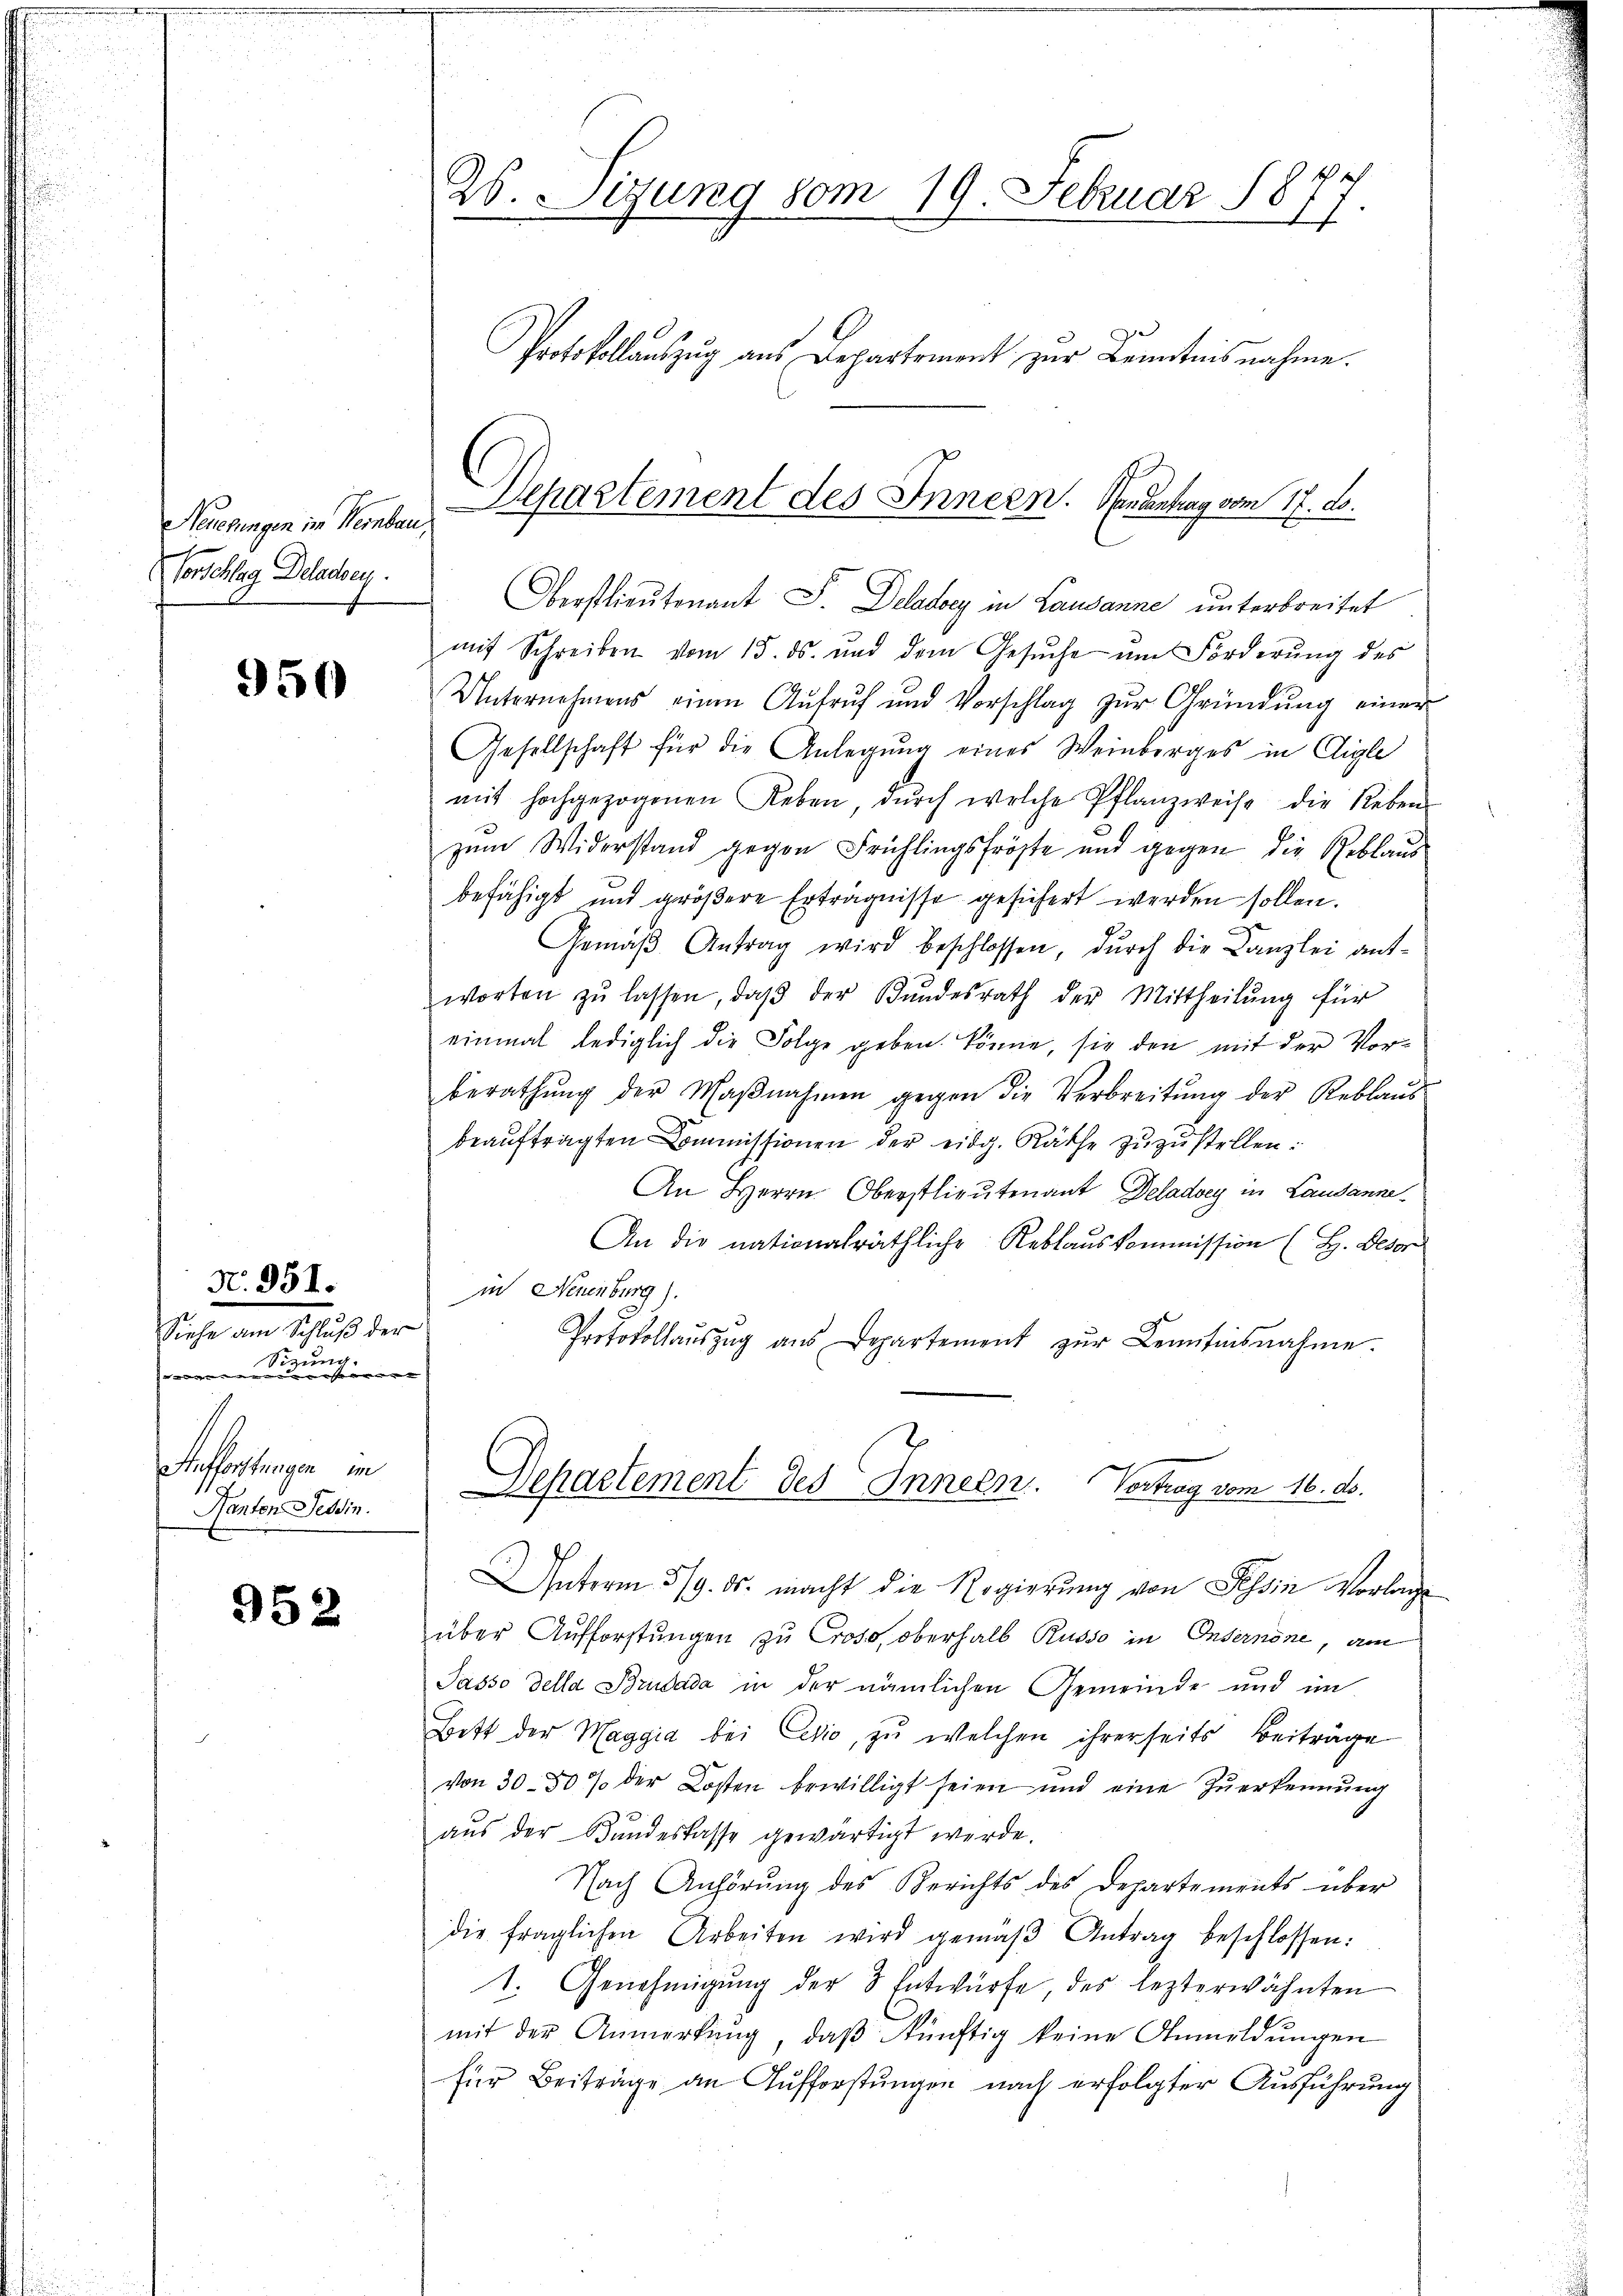
Neuerungen im Verbau,
Vorschlag Delade

950

N. 951.
Siehe am Schluß der
Sizung.
norieren |
Anfortungen im
Hanten Tessin.

952

26. Mitung vom 19. Februar 1877.

Protokollauszug aus Departement zur Kenntnisnahme.

Departement des Innern. Handentrag vom 17. ds.

Oberstlieutenant J. Delatorz in Lausanne unterbreitet
mit Schreiben vom 15. ds. und dem Gesŭche um Forderung des
Unternehmens einen Aŭfrŭf und Vorschlag zŭr Gründŭng einer
Gesellschaft für die Anlegung eines Weinberges in Aigle
mit hochgezogenen Leben, dŭrch welche Pflanzweise die Reben
zum Widerstand gegen Frühlingsfröste und gegen die Reblaus
befähigt und größere Erträgnisse geführt werden sollen.
Gemäβ Antrag wird beschlossen, dŭrch die Kanzlei ant-
worten zŭ lassen, daβ der Bŭndesrath der Mittheilŭng für
einmal lediglich die Folge geben könne, sie den mit der Vorberathŭng der Maβnahmen gegen die Verbreitŭng der Reblaŭs
beaŭftragten Commissionen der eidg. Räthe zuzustellen:
An Herrn Oberstlieutenant Deladvey in Lausanne¬
An die nationalräthliche Reblauskommission (H. Besor
in Neuenburg).
Protokollaŭszŭg aŭs Departement zŭr Leitensnahme.

Unterm 5/9. ds. macht die Regierung von Tessin Vorlage
über Aufforstungen zu Cross, oberhalb Russo in Insernöne, am
Passo della Brudada in der nämlichen Gemeinde und im
Bett der Maggia bei Cesio, zu welchen ihrerseits Beiträge
von 30-50 % der Kosten bewilligt seien und eine Zŭerkennung
aus der Bundeskasse gewärtigt werde.
Nach Anhörŭng des Berichts des Departements über
die fraglichen Arbeiten wird gemäβ Antrag beschlossen:
1. Genehmigŭng der 3 Entwürfe, des lezterwähnten
mit der Anmerkung, daß künftig keine Anmeldungen
für Beiträge an Aufforstungen nach erfolgter Ausführung

Departement des Innern. Vertrag vom 16. ds.

e